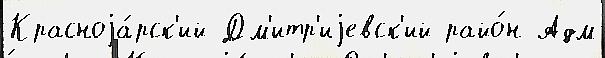
Красноjа́рск'ий Дм'итр'иjевск'ий райо́н Адм